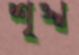
শৃঙ্খ